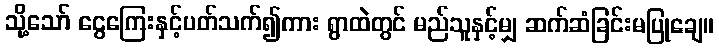
သို့သော် ငွေကြေးနှင့်ပတ်သက်၍ကား ရွာထဲတွင် မည်သူနှင့်မျှ ဆက်ဆံခြင်းမပြုချေ။